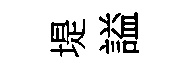
堤謚